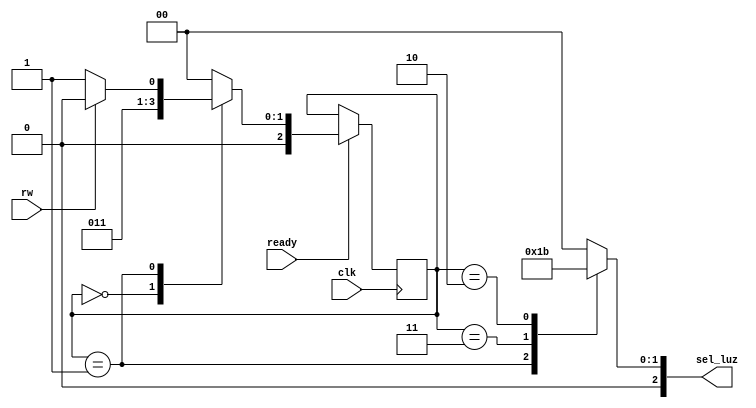
`timescale 1ns / 1ps
//////////////////////////////////////////////////////////////////////////////////
// Company: 
// Engineer: 
// 
// Design Name: 
// Module Name:    semaforo 
// Project Name: Practicos Arquitectura de computadoras
// Target Devices: SPARTAN 3E
// Tool versions: 
// Description: ejemplo FSM - Semaforo:
// El semforo que haremos tiene dos comportamientos diferentes, dependiendo del valor de una entrada externa on_off.
// Si on_off est en bajo: el semforo est fuera de servicio y se mostrar un patrn que alternara entre todas las luces apagadas 
//	y todas encendidas; si est en alto: inicia con la luz verde, luego de un tiempo pasa a la amarilla y finalmente a la roja, 
//	reiniciando el ciclo hasta que la entrada on_off vuelva a estar en bajo.
//
// Dependencies: Ninguna
//
// Revision: 1.0
//
// Additional Comments: ---
 
//
//////////////////////////////////////////////////////////////////////////////////

//ES UNA MAQUINA DE ESTADO DE MOORE.


module semaforo(
    input clk,
    input ready,
	 input rw,
    output reg [2:0] sel_luz
    );


//Declaracin de estados
localparam [1:0] IDLE = 2'b00,
					  DECISION = 2'b01,
					  READ = 2'b10,
					  WRITE = 2'b11;
						 
//Declaracin de seales (las utilizare para el elemento de memoria por lo tanto son tipo REGISTRO)
reg[2:0] current_state, next_state;
						
						
//Registro de estado (Memoria)
always @(negedge clk)
	
	if(ready)
		current_state <= next_state;
	else
		current_state <= current_state; //cada vez que viene un clock salta a un siguiente estado. Que le da bola al 
											  // always que se hace para las transiciones.
		

//Logica de salida
always @*
	begin
		case(current_state)
			IDLE:
					begin
						sel_luz = 2'b00; //Luz verde  
					end
			DECISION:
					begin
						sel_luz = 2'b01; //Luz amarilla
					end
			WRITE:
					begin
						sel_luz = 2'b10; //Luz roja
					end
			READ:
					begin
						sel_luz = 2'b11; //Todas las luces apagadas
					end
			default:
					begin
						sel_luz = 3'b00; //En caso de un estado invalido, el semaforo pasara a Todas las luces encendidas
					end
		endcase
	end//always de logica de salida
	

//Logica de cambio de estado
//PARA OPTIMIZARLO LO QUE PUEDO HACER ES METER EL ALWAYS ANTERIOR DENTRO DE ESTE ALWAYS.
always @*
	begin
		//SI PONGO EL DEFAULT DEL CASE FUERA DEL CASE, ME EVITO TODA LA LOGICA DEL CASE SI NO TOMA NINGUN CASO
		//DEL CASE. ASI SE OPTIMIZA UNA BOCHA EL CODIGO DEL CASE. 
		//next_state = ON_ALL; //En caso de un estado invalido, el semaforo pasa a la secuencia de alternar luces
		case(current_state)
			IDLE:
			//sel_luz = 3b'100; ES UN EJEMPLO DE COMO OPTIMIZAR EL CODIGO.
				begin
					if(ready)
						next_state = DECISION;
					else
						next_state = IDLE;
				end
			DECISION:
				begin
					if(rw)
						next_state = READ;
					else
						next_state = WRITE;
				end
			READ:
				begin
					if(ready)
						next_state = IDLE;
					else
						next_state = WRITE;
				end
			WRITE:
				begin
					if(ready)
						next_state = IDLE;
					else
						next_state = WRITE;
				end
			default:
					begin
						next_state = IDLE; //En caso de un estado invalido, el semaforo pasa a la secuencia de alternar luces
					end
		endcase
	end //always de logica cambio de estado
endmodule //fin del modulo